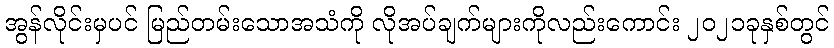
အွန်လိုင်းမှပင် မြည်တမ်းသောအသံကို လိုအပ်ချက်များကိုလည်းကောင်း ၂၀၂၁ခုနှစ်တွင်